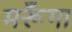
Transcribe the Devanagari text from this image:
मरूँगा